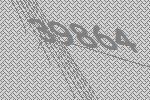
39864